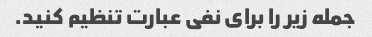
جمله زیر را برای نفی عبارت تنظیم کنید.